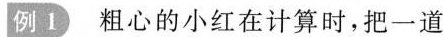
例1粗心的小红在计算时，把一道